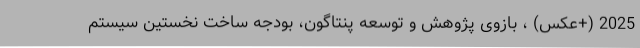
2025 (+عکس) ، بازوی پژوهش و توسعه پنتاگون، بودجه ساخت نخستین سیستم